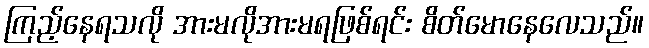
ကြည့်နေရသလို အားမလိုအားမရဖြစ်ရင်း စိတ်မောနေလေသည်။